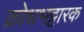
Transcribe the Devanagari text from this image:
क्रोधभट्टारक